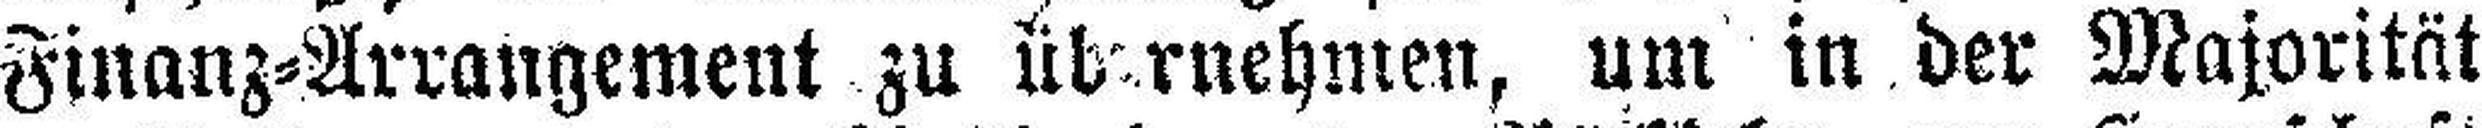
Finanz=Arrangement zu übernehmen, um in der Majorität